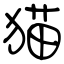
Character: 猫